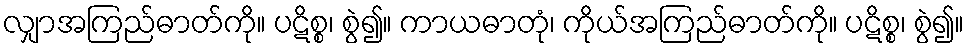
လျှာအကြည်ဓာတ်ကို။ ပဋိစ္စ၊ စွဲ၍။ ကာယဓာတုံ၊ ကိုယ်အကြည်ဓာတ်ကို။ ပဋိစ္စ၊ စွဲ၍။